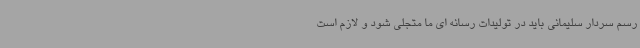
رسم سردار سلیمانی باید در تولیدات رسانه ای ما متجلی شود و لازم است